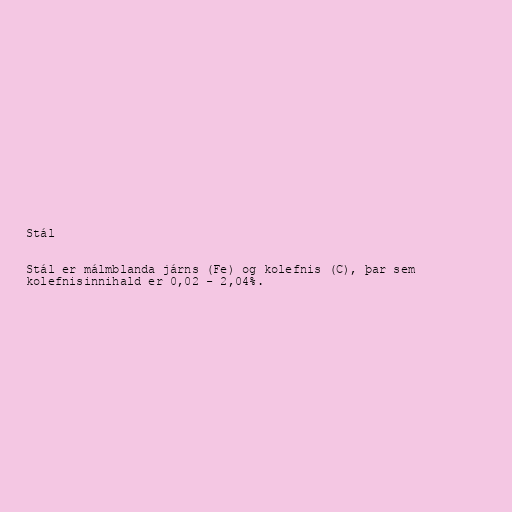
Stál

Stál er málmblanda járns (Fe) og kolefnis (C), þar sem
kolefnisinnihald er 0,02 - 2,04%.